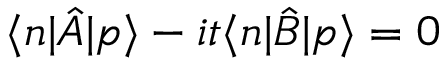
\langle n | \hat { A } | p \rangle - i t \langle n | \hat { B } | p \rangle = 0